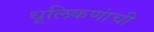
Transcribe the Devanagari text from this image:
धूलिकणांची